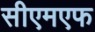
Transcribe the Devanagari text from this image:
सीएमएफ